Leprosy in India: report of the Leprosy Commission in India, 1890-91
Year: 1890
Disease focus: Leprosy
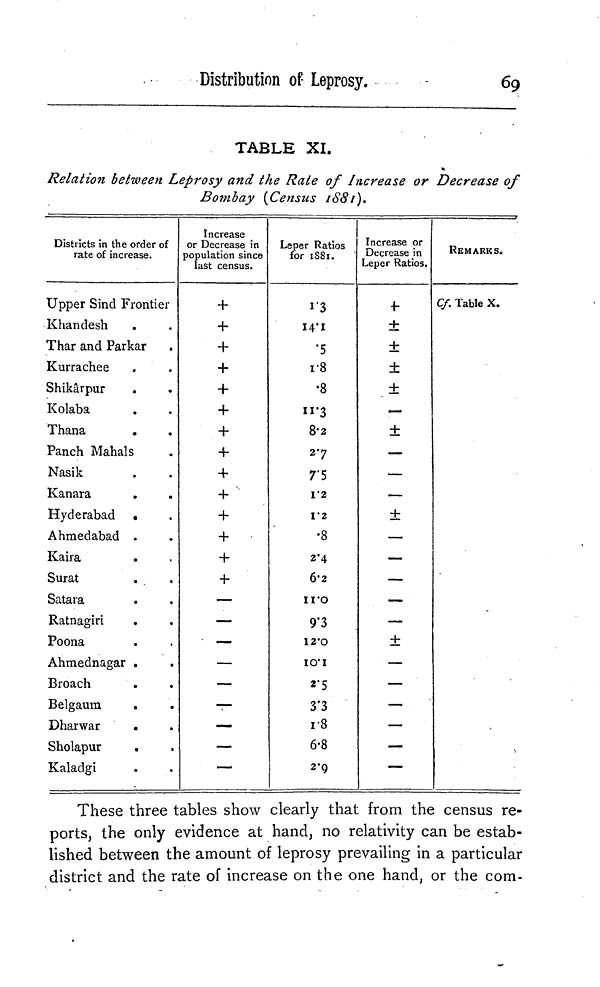
Distribution of Leprosy.
69
TABLE XI.
Relation between Leprosy and the Rate of Increase or Decrease of
Bombay (Census 1881).
Districts in the order of
rate of increase.
Upper Sind Frontier
Khandesh
.
Thar and Parkar
Kurrachee
Shikarpur
Kolaba
Thana
Panch Mahals
Nasik
Kanara
.
.
Hyderabad .
Ahmedabad .
Kaira
Surat
Satara
Ratnagiri
Poona
Ahmednagar .
Broach
Belgaum
Dharwar
.
Sholapur
.
Kaladgi
Increase
or Decrease in
population since
last census.
+
+
+
+
+
+
+
+
+
+
+
—
—
—
—
—
—
—
—
Leper Ratios
for 1881.
1.3
.5
r8
•8
11.3
8.2
27
7.5
1.2
1.2
•8
2.4
6.2
11.0
9.3
12.0
10.1
2.5
3.3
r8
6.8
2.9
Increase or
Decrease in
Leper Ratios.
±
±
±
±
—
±
—
—
—
±
—
—
—
—
—
±
—
—
—
—
—
REMARKS.
Cf. Table X.
These three tables show clearly that from the census re-
ports, the only evidence at hand, no relativity can be estab-
lished between the amount of leprosy prevailing in a particular
district and the rate of increase on the one hand, or the com-